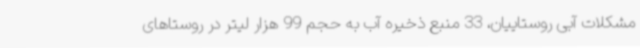
مشکلات آبی روستاییان، 33 منبع ذخیره آب به حجم 99 هزار لیتر در روستاهای